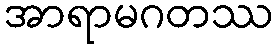
အာရာမဂတဿ